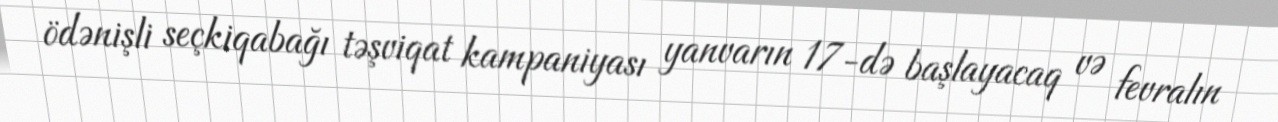
ödənişli seçkiqabağı təşviqat kampaniyası yanvarın 17-də başlayacaq və fevralın